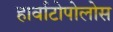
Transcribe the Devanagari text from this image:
हार्वाटोपोलोस